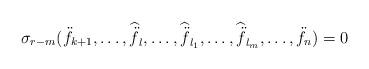
LaTeX: \begin{align*}\sigma_{r-m}(\ddot{f}_{k+1},\ldots,\widehat{\ddot{f}}_l,\ldots,\widehat{\ddot{f}}_{l_1},\ldots,\widehat{\ddot{f}}_{l_{m}},\ldots,\ddot{f}_n)=0\end{align*}